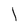
Character: l